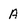
Character: A